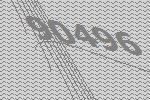
90496